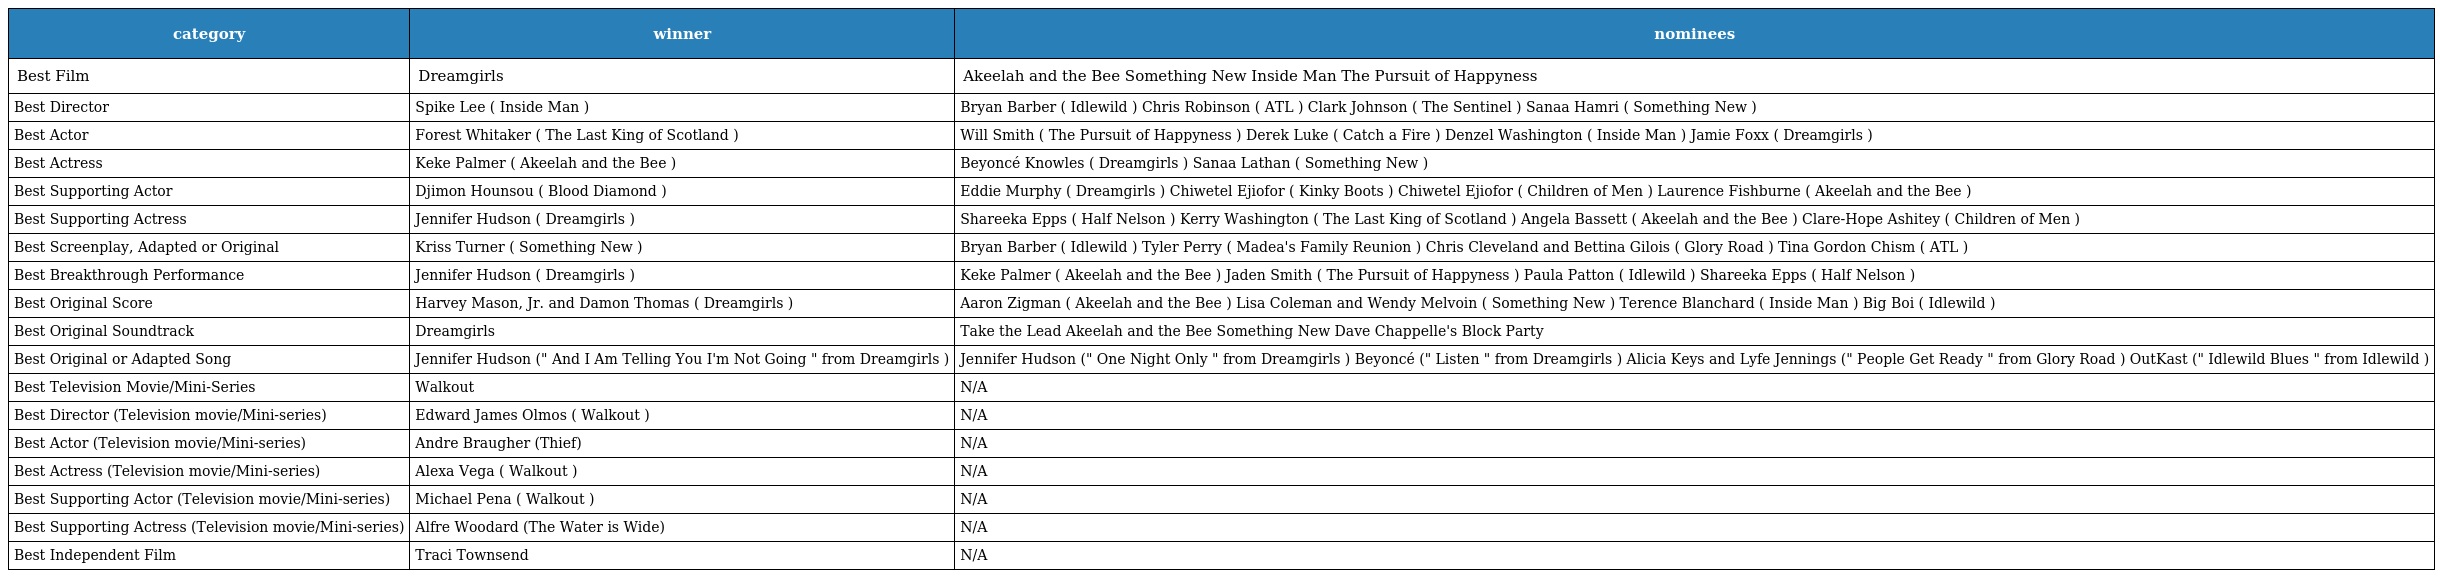
| category | winner | nominees |
 | --- | --- | --- |
 | Best Film | Dreamgirls | Akeelah and the Bee Something New Inside Man The Pursuit of Happyness |
 | Best Director | Spike Lee ( Inside Man ) | Bryan Barber ( Idlewild ) Chris Robinson ( ATL ) Clark Johnson ( The Sentinel ) Sanaa Hamri ( Something New ) |
 | Best Actor | Forest Whitaker ( The Last King of Scotland ) | Will Smith ( The Pursuit of Happyness ) Derek Luke ( Catch a Fire ) Denzel Washington ( Inside Man ) Jamie Foxx ( Dreamgirls ) |
 | Best Actress | Keke Palmer ( Akeelah and the Bee ) | Beyoncé Knowles ( Dreamgirls ) Sanaa Lathan ( Something New ) |
 | Best Supporting Actor | Djimon Hounsou ( Blood Diamond ) | Eddie Murphy ( Dreamgirls ) Chiwetel Ejiofor ( Kinky Boots ) Chiwetel Ejiofor ( Children of Men ) Laurence Fishburne ( Akeelah and the Bee ) |
 | Best Supporting Actress | Jennifer Hudson ( Dreamgirls ) | Shareeka Epps ( Half Nelson ) Kerry Washington ( The Last King of Scotland ) Angela Bassett ( Akeelah and the Bee ) Clare-Hope Ashitey ( Children of Men ) |
 | Best Screenplay, Adapted or Original | Kriss Turner ( Something New ) | Bryan Barber ( Idlewild ) Tyler Perry ( Madea's Family Reunion ) Chris Cleveland and Bettina Gilois ( Glory Road ) Tina Gordon Chism ( ATL ) |
 | Best Breakthrough Performance | Jennifer Hudson ( Dreamgirls ) | Keke Palmer ( Akeelah and the Bee ) Jaden Smith ( The Pursuit of Happyness ) Paula Patton ( Idlewild ) Shareeka Epps ( Half Nelson ) |
 | Best Original Score | Harvey Mason, Jr. and Damon Thomas ( Dreamgirls ) | Aaron Zigman ( Akeelah and the Bee ) Lisa Coleman and Wendy Melvoin ( Something New ) Terence Blanchard ( Inside Man ) Big Boi ( Idlewild ) |
 | Best Original Soundtrack | Dreamgirls | Take the Lead Akeelah and the Bee Something New Dave Chappelle's Block Party |
 | Best Original or Adapted Song | Jennifer Hudson (" And I Am Telling You I'm Not Going " from Dreamgirls ) | Jennifer Hudson (" One Night Only " from Dreamgirls ) Beyoncé (" Listen " from Dreamgirls ) Alicia Keys and Lyfe Jennings (" People Get Ready " from Glory Road ) OutKast (" Idlewild Blues " from Idlewild ) |
 | Best Television Movie/Mini-Series | Walkout | N/A |
 | Best Director (Television movie/Mini-series) | Edward James Olmos ( Walkout ) | N/A |
 | Best Actor (Television movie/Mini-series) | Andre Braugher (Thief) | N/A |
 | Best Actress (Television movie/Mini-series) | Alexa Vega ( Walkout ) | N/A |
 | Best Supporting Actor (Television movie/Mini-series) | Michael Pena ( Walkout ) | N/A |
 | Best Supporting Actress (Television movie/Mini-series) | Alfre Woodard (The Water is Wide) | N/A |
 | Best Independent Film | Traci Townsend | N/A |